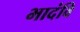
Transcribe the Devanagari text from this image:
भादंवि